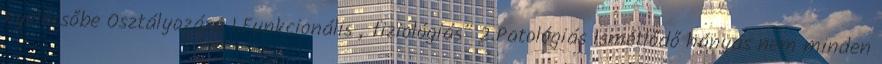
nyelőcsőbe Osztályozása 1.Funkcionális „fiziológiás” 2.Patológiás Ismétlődő hányás nem minden